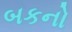
બકનો